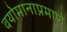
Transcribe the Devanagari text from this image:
वयोमानाप्रमाणे